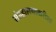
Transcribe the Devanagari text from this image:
संग्रहालयाकरीता